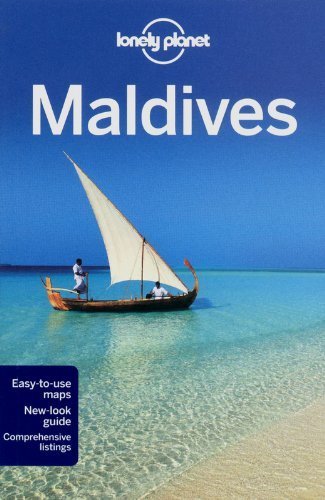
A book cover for Lonely Planet Maldives (Travel Guide) by Lonely Planet, Masters, Tom (2012) Paperback; Travel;